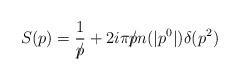
LaTeX: \begin{align*}S(p) = {1\over p\!\!\!\slash} + 2i\pi p\!\!\!\slash n(|p^{0}|) \delta(p^{2})\end{align*}